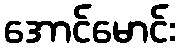
အောင်မောင်း